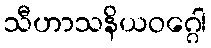
သီဟာသနိယဝဂ္ဂေါ